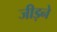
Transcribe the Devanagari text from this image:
जीड़ने